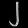
Digit: ၂